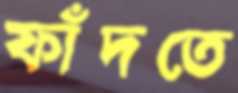
ফাঁদতে